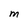
Character: M